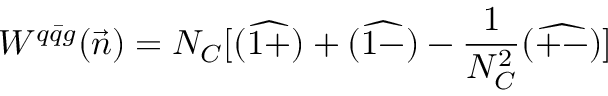
W ^ { q \bar { q } g } ( \vec { n } ) = N _ { C } [ ( \widehat { 1 + } ) + ( \widehat { 1 - } ) - \frac { 1 } { N _ { C } ^ { 2 } } ( \widehat { + - } ) ]